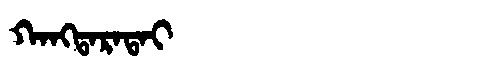
Manchu: ᡴᠠᠩᡨᠠᡵᠠᡨᠠᡳ
Romanization: KANGTARATAI